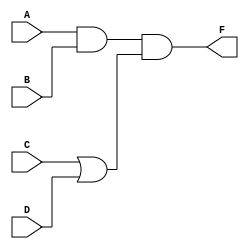
`timescale 1ns / 1ps

module project2(
 A, 
 B, 
 C, 
 D,
 F);


input wire[0:0]A;
input wire[0:0]B;
input wire[0:0]C;
input wire[0:0]D;
output wire[0:0]F;

wire wire1;
wire wire2;

and(wire1,A,B);
or(wire2,C,D);
and(F,wire1,wire2);

endmodule